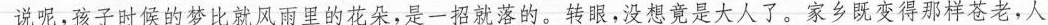
说呢，孩子时候的梦比就风雨里的花朵，是一招就落的。转眼，没想竟是大人了。家乡既变得那样苍老，人